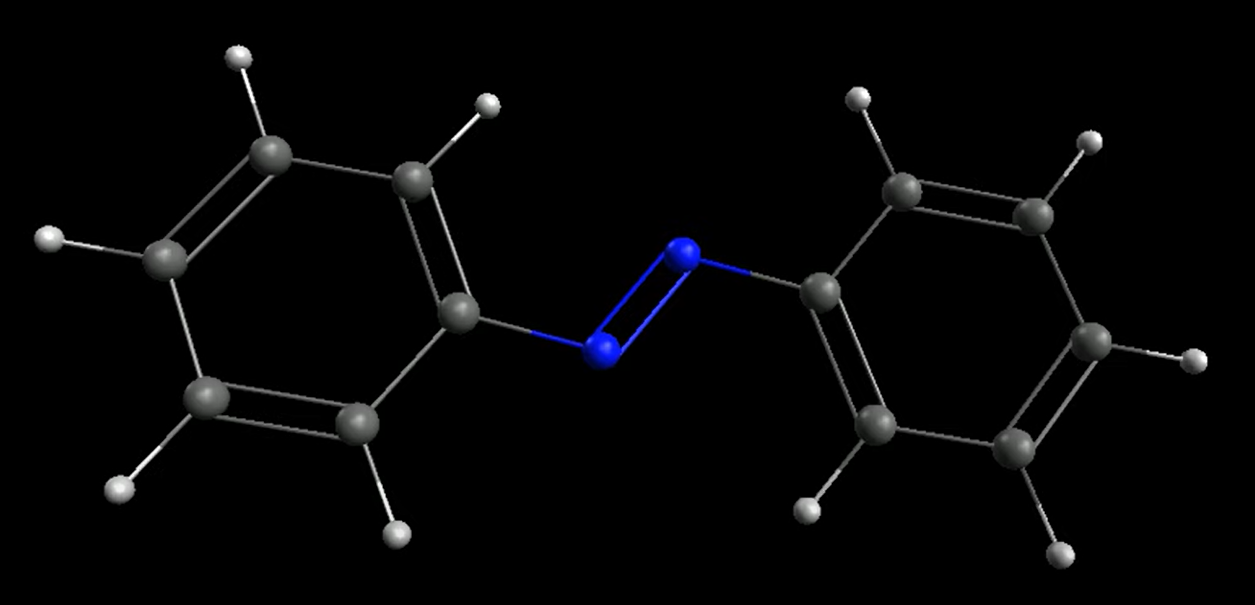
avogadro, ball and sticks